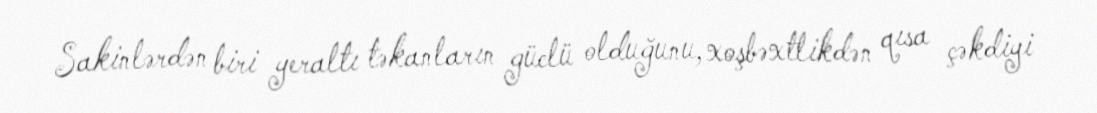
Sakinlərdən biri yeraltı təkanların güclü olduğunu, xoşbəxtlikdən qısa çəkdiyi